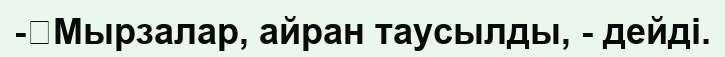
-	Мырзалар, айран таусылды, - дейді.